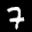
Label: 7